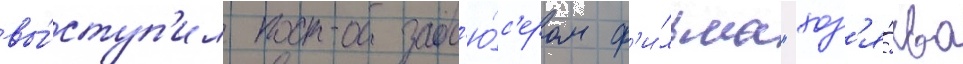
вы́ступ'ил прод'ю́с'ером ф'и́льма "хоз'я́ева